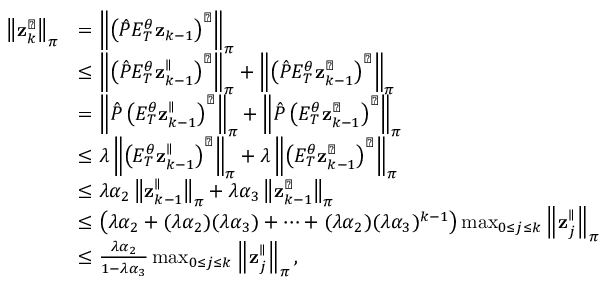
\begin{array} { r l } { \left\lVert \mathbf { z } _ { k } ^ { \perp } \right\rVert _ { \boldsymbol \pi } } & { = \left\lVert \left( \hat { P } E _ { T } ^ { \theta } \mathbf { z } _ { k - 1 } \right) ^ { \perp } \right\rVert _ { \boldsymbol \pi } } \\ & { \leq \left\lVert \left( \hat { P } E _ { T } ^ { \theta } \mathbf { z } _ { k - 1 } ^ { \parallel } \right) ^ { \perp } \right\rVert _ { \boldsymbol \pi } + \left\lVert \left( \hat { P } E _ { T } ^ { \theta } \mathbf { z } _ { k - 1 } ^ { \perp } \right) ^ { \perp } \right\rVert _ { \boldsymbol \pi } } \\ & { = \left\lVert \hat { P } \left( E _ { T } ^ { \theta } \mathbf { z } _ { k - 1 } ^ { \parallel } \right) ^ { \perp } \right\rVert _ { \boldsymbol \pi } + \left\lVert \hat { P } \left( E _ { T } ^ { \theta } \mathbf { z } _ { k - 1 } ^ { \perp } \right) ^ { \perp } \right\rVert _ { \boldsymbol \pi } } \\ & { \leq \lambda \left\lVert \left( E _ { T } ^ { \theta } \mathbf { z } _ { k - 1 } ^ { \parallel } \right) ^ { \perp } \right\rVert _ { \boldsymbol \pi } + \lambda \left\lVert \left( E _ { T } ^ { \theta } \mathbf { z } _ { k - 1 } ^ { \perp } \right) ^ { \perp } \right\rVert _ { \boldsymbol \pi } } \\ & { \leq \lambda \alpha _ { 2 } \left\lVert \mathbf { z } _ { k - 1 } ^ { \parallel } \right\rVert _ { \boldsymbol \pi } + \lambda \alpha _ { 3 } \left\lVert \mathbf { z } _ { k - 1 } ^ { \perp } \right\rVert _ { \boldsymbol \pi } } \\ & { \leq \left( \lambda \alpha _ { 2 } + ( \lambda \alpha _ { 2 } ) ( \lambda \alpha _ { 3 } ) + \dots + ( \lambda \alpha _ { 2 } ) ( \lambda \alpha _ { 3 } ) ^ { k - 1 } \right) \operatorname* { m a x } _ { 0 \leq j \leq k } \left\lVert \mathbf { z } _ { j } ^ { \parallel } \right\rVert _ { \boldsymbol \pi } } \\ & { \leq \frac { \lambda \alpha _ { 2 } } { 1 - \lambda \alpha _ { 3 } } \operatorname* { m a x } _ { 0 \leq j \leq k } \left\lVert \mathbf { z } _ { j } ^ { \parallel } \right\rVert _ { \boldsymbol \pi } , } \end{array}